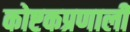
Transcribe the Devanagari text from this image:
कोष्टकप्रणाली